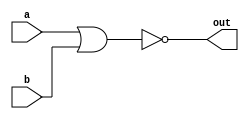
`timescale 1ns / 1ps

module nor_gate(
    input a, b,
    output out
    );
    
    assign out = ~(a | b);
    
endmodule